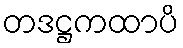
တဒဋ္ဌကထာပိ